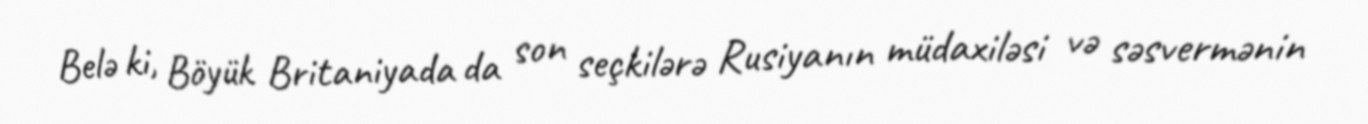
Belə ki, Böyük Britaniyada da son seçkilərə Rusiyanın müdaxiləsi və səsvermənin